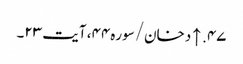
۴۷. ↑ دخان/سوره۴۴، آیت ۲۳۔